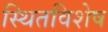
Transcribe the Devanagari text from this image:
स्थितविशेष